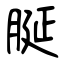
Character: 脠